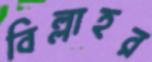
বিল্লাহর